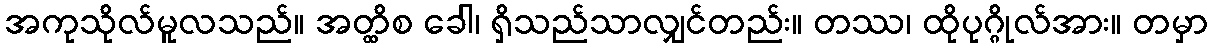
အကုသိုလ်မူလသည်။ အတ္ထိစ ခေါ၊ ရှိသည်သာလျှင်တည်း။ တဿ၊ ထိုပုဂ္ဂိုလ်အား။ တမှာ